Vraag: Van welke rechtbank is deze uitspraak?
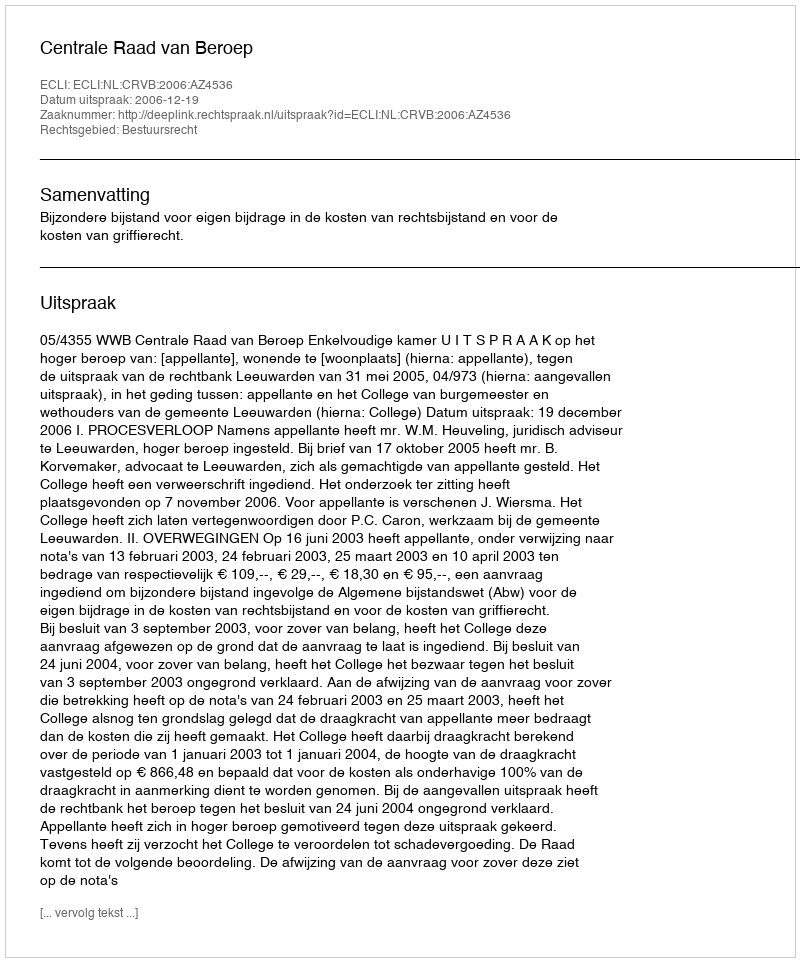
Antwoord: Centrale Raad van Beroep